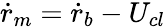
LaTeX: \dot{r}_{m}=\dot{r}_{b}-U_{cl}